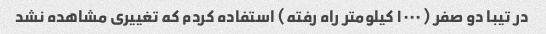
در تیبا دو صفر (۱۰۰۰ کیلومتر راه رفته) استفاده کردم که تغییری مشاهده نشد